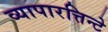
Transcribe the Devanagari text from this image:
व्यापारत्तिन्टे